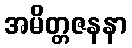
အမိတ္တဇနနာ